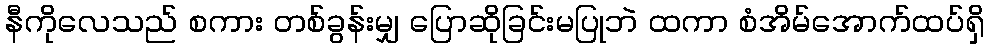
နီကိုလေသည် စကား တစ်ခွန်းမျှ ပြောဆိုခြင်းမပြုဘဲ ထကာ စံအိမ်အောက်ထပ်ရှိ